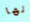
لها